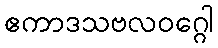
ဧကာဒသဗလဝဂ္ဂေါ